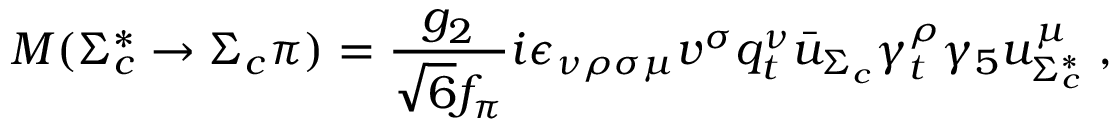
M ( \Sigma _ { c } ^ { * } \to \Sigma _ { c } \pi ) = { \frac { g _ { 2 } } { \sqrt { 6 } f _ { \pi } } } i \epsilon _ { \nu \rho \sigma \mu } v ^ { \sigma } q _ { t } ^ { \nu } { \bar { u } } _ { \Sigma _ { c } } \gamma _ { t } ^ { \rho } \gamma _ { 5 } u _ { \Sigma _ { c } ^ { * } } ^ { \mu } \; ,